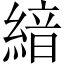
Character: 𦂺